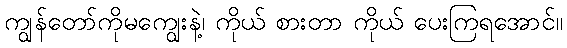
ကျွန်တော်ကိုမကျွေးနဲ့၊ ကိုယ် စားတာ ကိုယ် ပေးကြရအောင်။